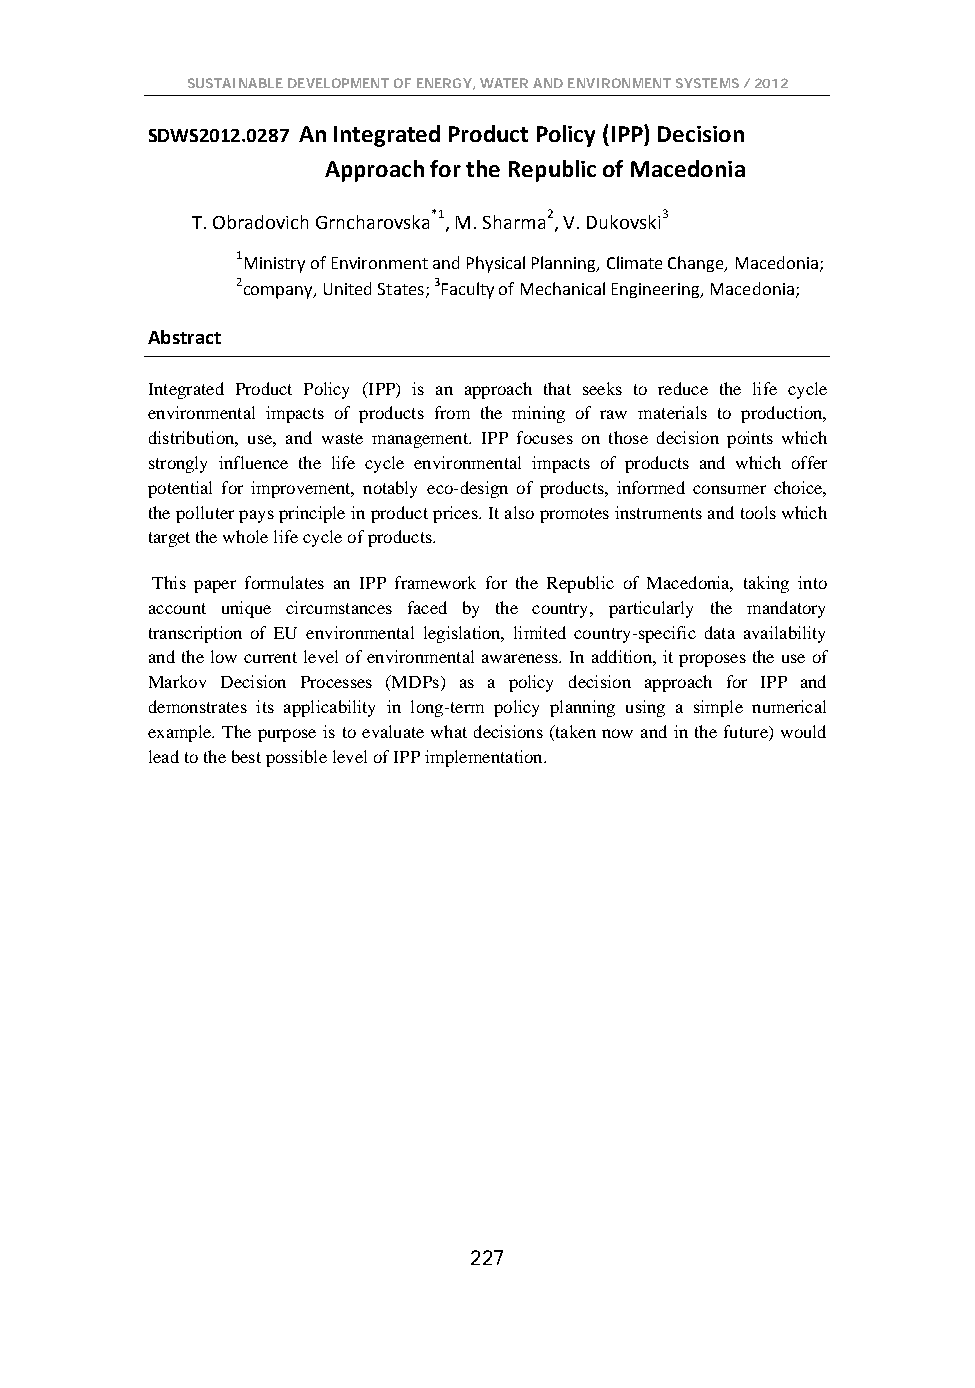
SUSTAINABLE DEVELOPMENT OF ENERGY, WATER AND ENVIRONMENT SYSTEMS / 2012
 SDWS2012.0287 An Integrated Product Policy (IPP) Decision
 Approach for the Republic of Macedonia
 T. Obradovich Grncharovska*1, M. Sharma2, V. Dukovski3
 1Ministry of Environment and Physical Planning, Climate Change, Macedonia;
 2company, United States; 3Faculty of Mechanical Engineering, Macedonia;
 Abstract
 Integrated Product Policy (IPP) is an approach that seeks to reduce the life cycle
 environmental impacts of products from the mining of raw materials to production,
 distribution, use, and waste management. IPP focuses on those decision points which
 strongly influence the life cycle environmental impacts of products and which offer
 potential for improvement, notably eco-design of products, informed consumer choice,
 the polluter pays principle in product prices. It also promotes instruments and tools which
 target the whole life cycle of products.
 This paper formulates an IPP framework for the Republic of Macedonia, taking into
 account unique circumstances faced by the country, particularly the mandatory
 transcription of EU environmental legislation, limited country-specific data availability
 and the low current level of environmental awareness. In addition, it proposes the use of
 Markov Decision Processes (MDPs) as a policy decision approach for IPP and
 demonstrates its applicability in long-term policy planning using a simple numerical
 example. The purpose is to evaluate what decisions (taken now and in the future) would
 lead to the best possible level of IPP implementation.
 227